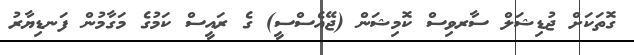
ގޮތަކަށް ޖުޑިޝަލް ސާރވިސް ކޮމިޝަން (ޖޭއެސްސީ) ގެ ރައީސް ކަމުގެ މަގާމުން ފަނޑިޔާރު